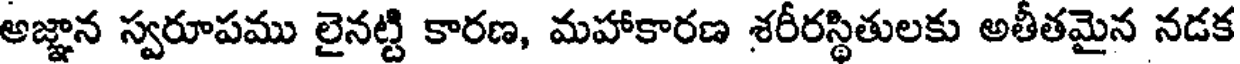
అజ్ఞాన స్వరూపము లైనట్టి కారణ, మహాకారణ శరీరస్థితులకు అతీతమైన నడక